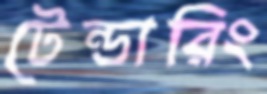
টেন্ডারিং